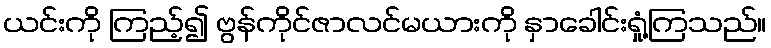
ယင်းကို ကြည့်၍ ဗွန်ကိုင်ဇာလင်မယားကို နှာခေါင်းရှုံ့ကြသည်။